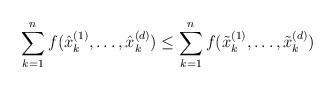
LaTeX: \begin{align*} \sum_{k=1}^nf(\hat{x}^{(1)}_k,\dots,\hat{x}^{(d)}_k)\leq\sum_{k=1}^nf(\tilde{x}^{(1)}_k,\dots,\tilde{x}^{(d)}_k) \end{align*}